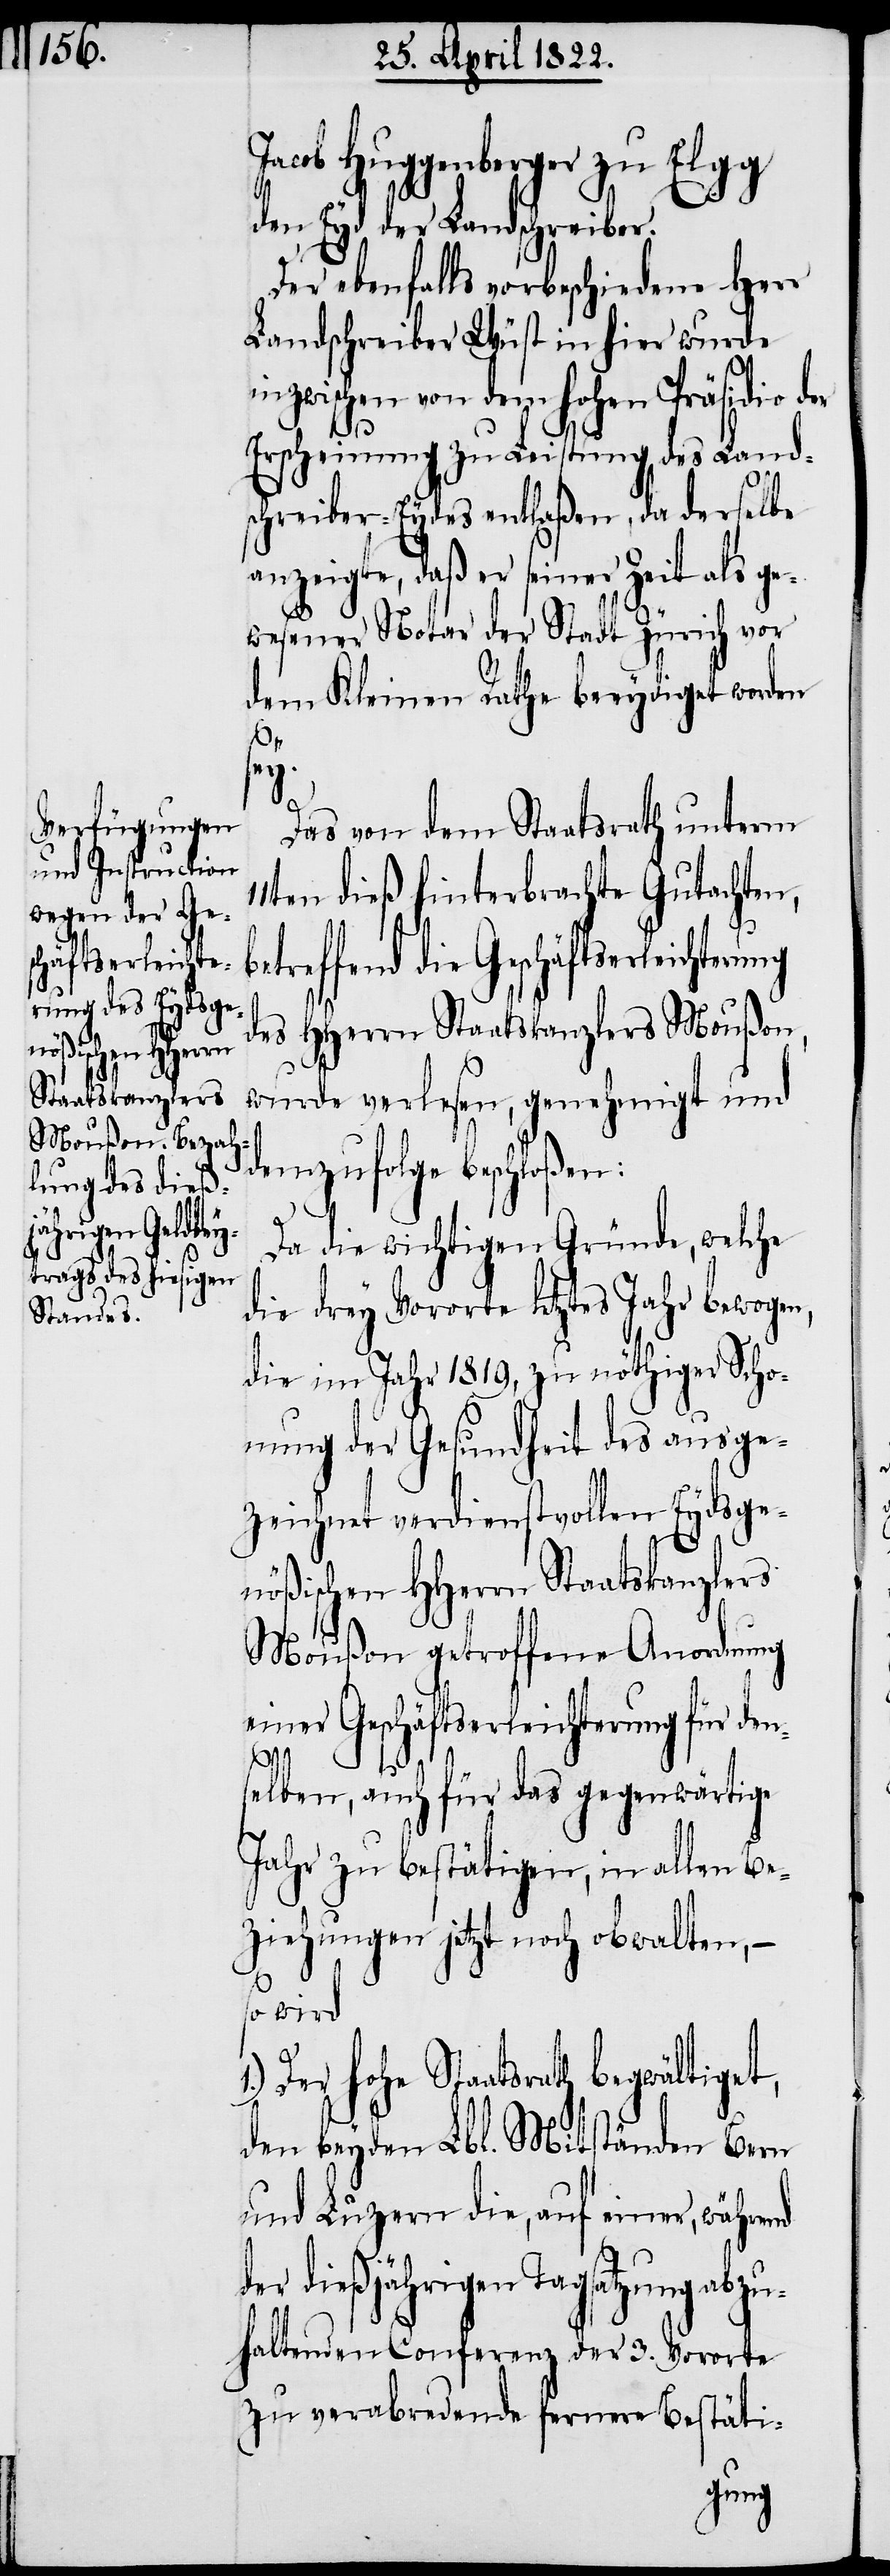
schäftserleichte¬

Jacob Huggenberger zu Elgg
den Eyd der Landschreiber.
Der ehemals vorbeschiedene Herr
Landschreiber Wüst in hier wurde
zwischen von dem hohen Präsidio d¬
Erscheinung zu Leistung des Land¬
schreiber-Eydes entlaßen, da derselbe
anzeigte, daß er seiner Zeit als g¬
ewesener Notar der Stadt Zürich vor
dem Kleinen Rathe beeydiget worden
sey.
er
Das von dem Stadtrath unterm
11ten dieß hinterbrachte Gutachten,
des HHerrn Staatskanzlers Moußon,
wurde verlesen, genehmigt und
demzufolge beschloßen:
Da die wichtigen Gründe, welche
die drey Vororte letztes Jahr bewogen,
die im Jahr 1819, zu nöthigen Scho¬
nung der Gesundheit des ausge¬
zeichnet verdienstvollen Eydsge¬
nößischen HHerrn Staatskanzlers
Moußon getroffene Anordnung
einer Geschäftserleichterung für den¬
1.)
selben, auch für das gegenwärtige
Jahr zu bestätigen, in allen Be¬
ziehungen jetzt noch obwalten, –
so wird
Der hohe Staatsrath begwältiget,
den beyden Lbl. Mitständen Bern
und Luzern die, auf einer, während
dießjährigen Tagsatzung abz¬
uhaltenden Conferenz der 3. Vororte
zu verabredende fernere Bestäti-
rung